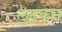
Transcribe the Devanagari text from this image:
लुढ़कन